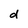
Character: d